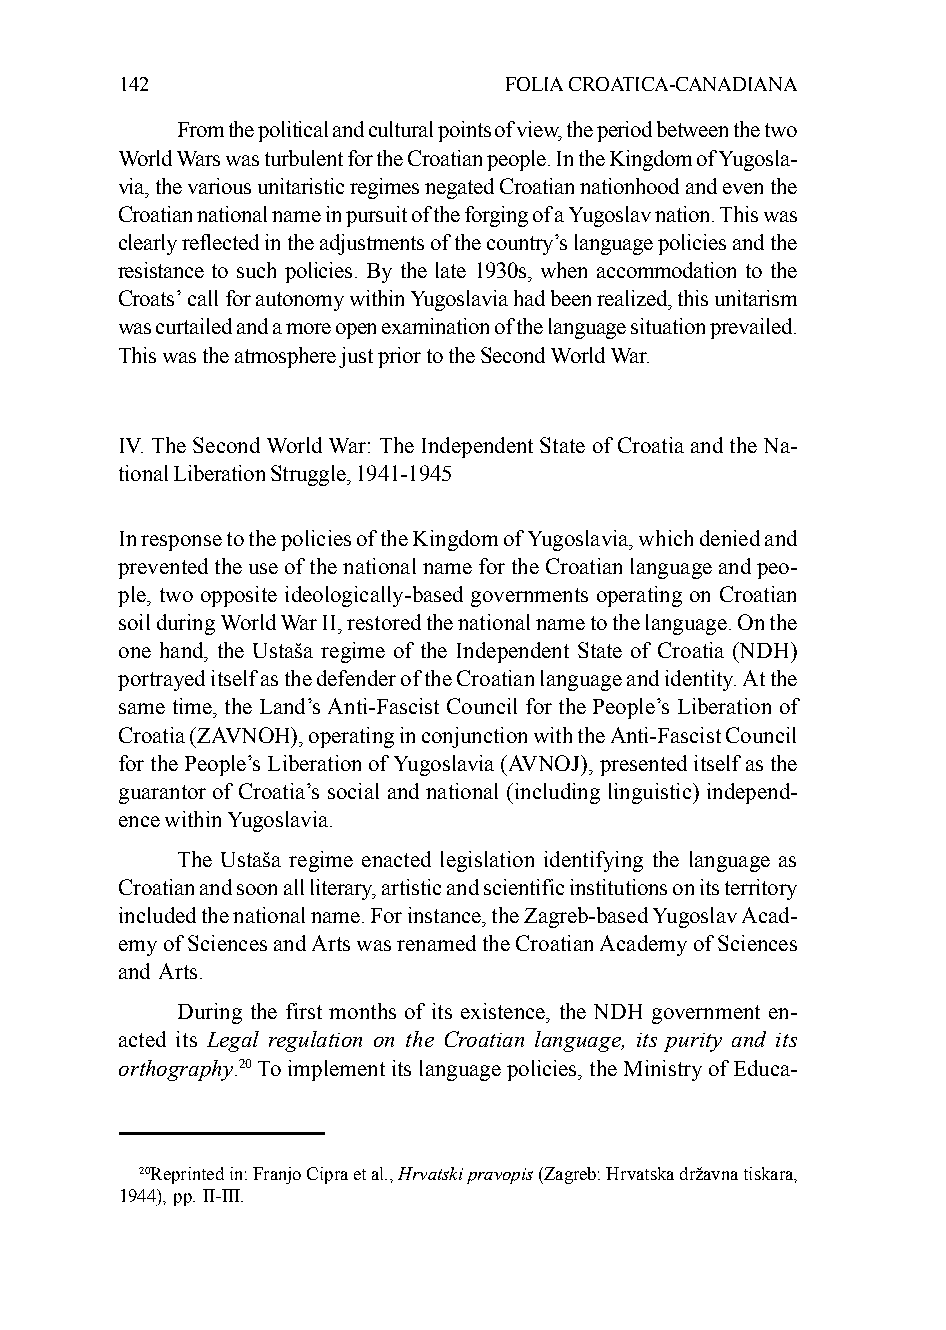
142                      FOLIA CROATICA-CANADIANA
 From the political and cultural points of view, the period between the two
 World Wars was turbulent for the Croatian people. In the Kingdom of Yugosla-
 via, the various unitaristic regimes negated Croatian nationhood and even the
 Croatian national name in pursuit of the forging of a Yugoslav nation. This was
 clearly reflected in the adjustments of the country’s language policies and the
 resistance to such policies. By the late 1930s, when accommodation to the
 Croats’ call for autonomy within Yugoslavia had been realized, this unitarism
 was curtailed and a more open examination of the language situation prevailed.
 This was the atmosphere just prior to the Second World War.
 IV. The Second World War: The Independent State of Croatia and the Na-
 tional Liberation Struggle, 1941-1945
 In response to the policies of the Kingdom of Yugoslavia, which denied and
 prevented the use of the national name for the Croatian language and peo-
 ple, two opposite ideologically-based governments operating on Croatian
 soil during World War II, restored the national name to the language. On the
 one hand, the Ustaša regime of the Independent State of Croatia (NDH)
 portrayed itself as the defender of the Croatian language and identity. At the
 same time, the Land’s Anti-Fascist Council for the People’s Liberation of
 Croatia (ZAVNOH), operating in conjunction with the Anti-Fascist Council
 for the People’s Liberation of Yugoslavia (AVNOJ), presented itself as the
 guarantor of Croatia’s social and national (including linguistic) independ-
 ence within Yugoslavia.
 The Ustaša regime enacted legislation identifying the language as
 Croatian and soon all literary, artistic and scientific institutions on its territory
 included the national name. For instance, the Zagreb-based Yugoslav Acad-
 emy of Sciences and Arts was renamed the Croatian Academy of Sciences
 and Arts.
 During the first months of its existence, the NDH government en-
 acted its Legal regulation on the Croatian language, its purity and its
 orthography.20 To implement its language policies, the Ministry of Educa-
 20Reprinted in: Franjo Cipra et al., Hrvatski pravopis (Zagreb: Hrvatska državna tiskara,
 1944), pp. II-III.